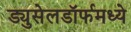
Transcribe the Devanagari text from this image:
ड्युसेलडॉर्फमध्ये